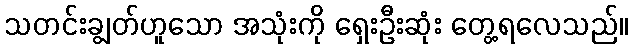
သတင်းချွတ်ဟူသော အသုံးကို ရှေးဦးဆုံး တွေ့ရလေသည်။